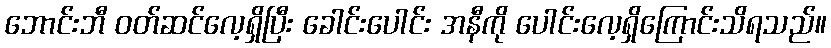
ဘောင်းဘီ ဝတ်ဆင်လေ့ရှိပြီး ခေါင်းပေါင်း အနီကို ပေါင်းလေ့ရှိကြောင်းသိရသည်။